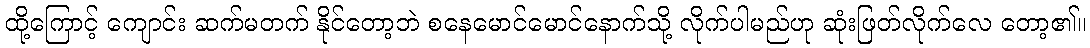
ထို့ကြောင့် ကျောင်း ဆက်မတက် နိုင်တော့ဘဲ စနေမောင်မောင်နောက်သို့ လိုက်ပါမည်ဟု ဆုံးဖြတ်လိုက်လေ တော့၏။